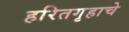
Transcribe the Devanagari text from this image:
हरितगृहाचे